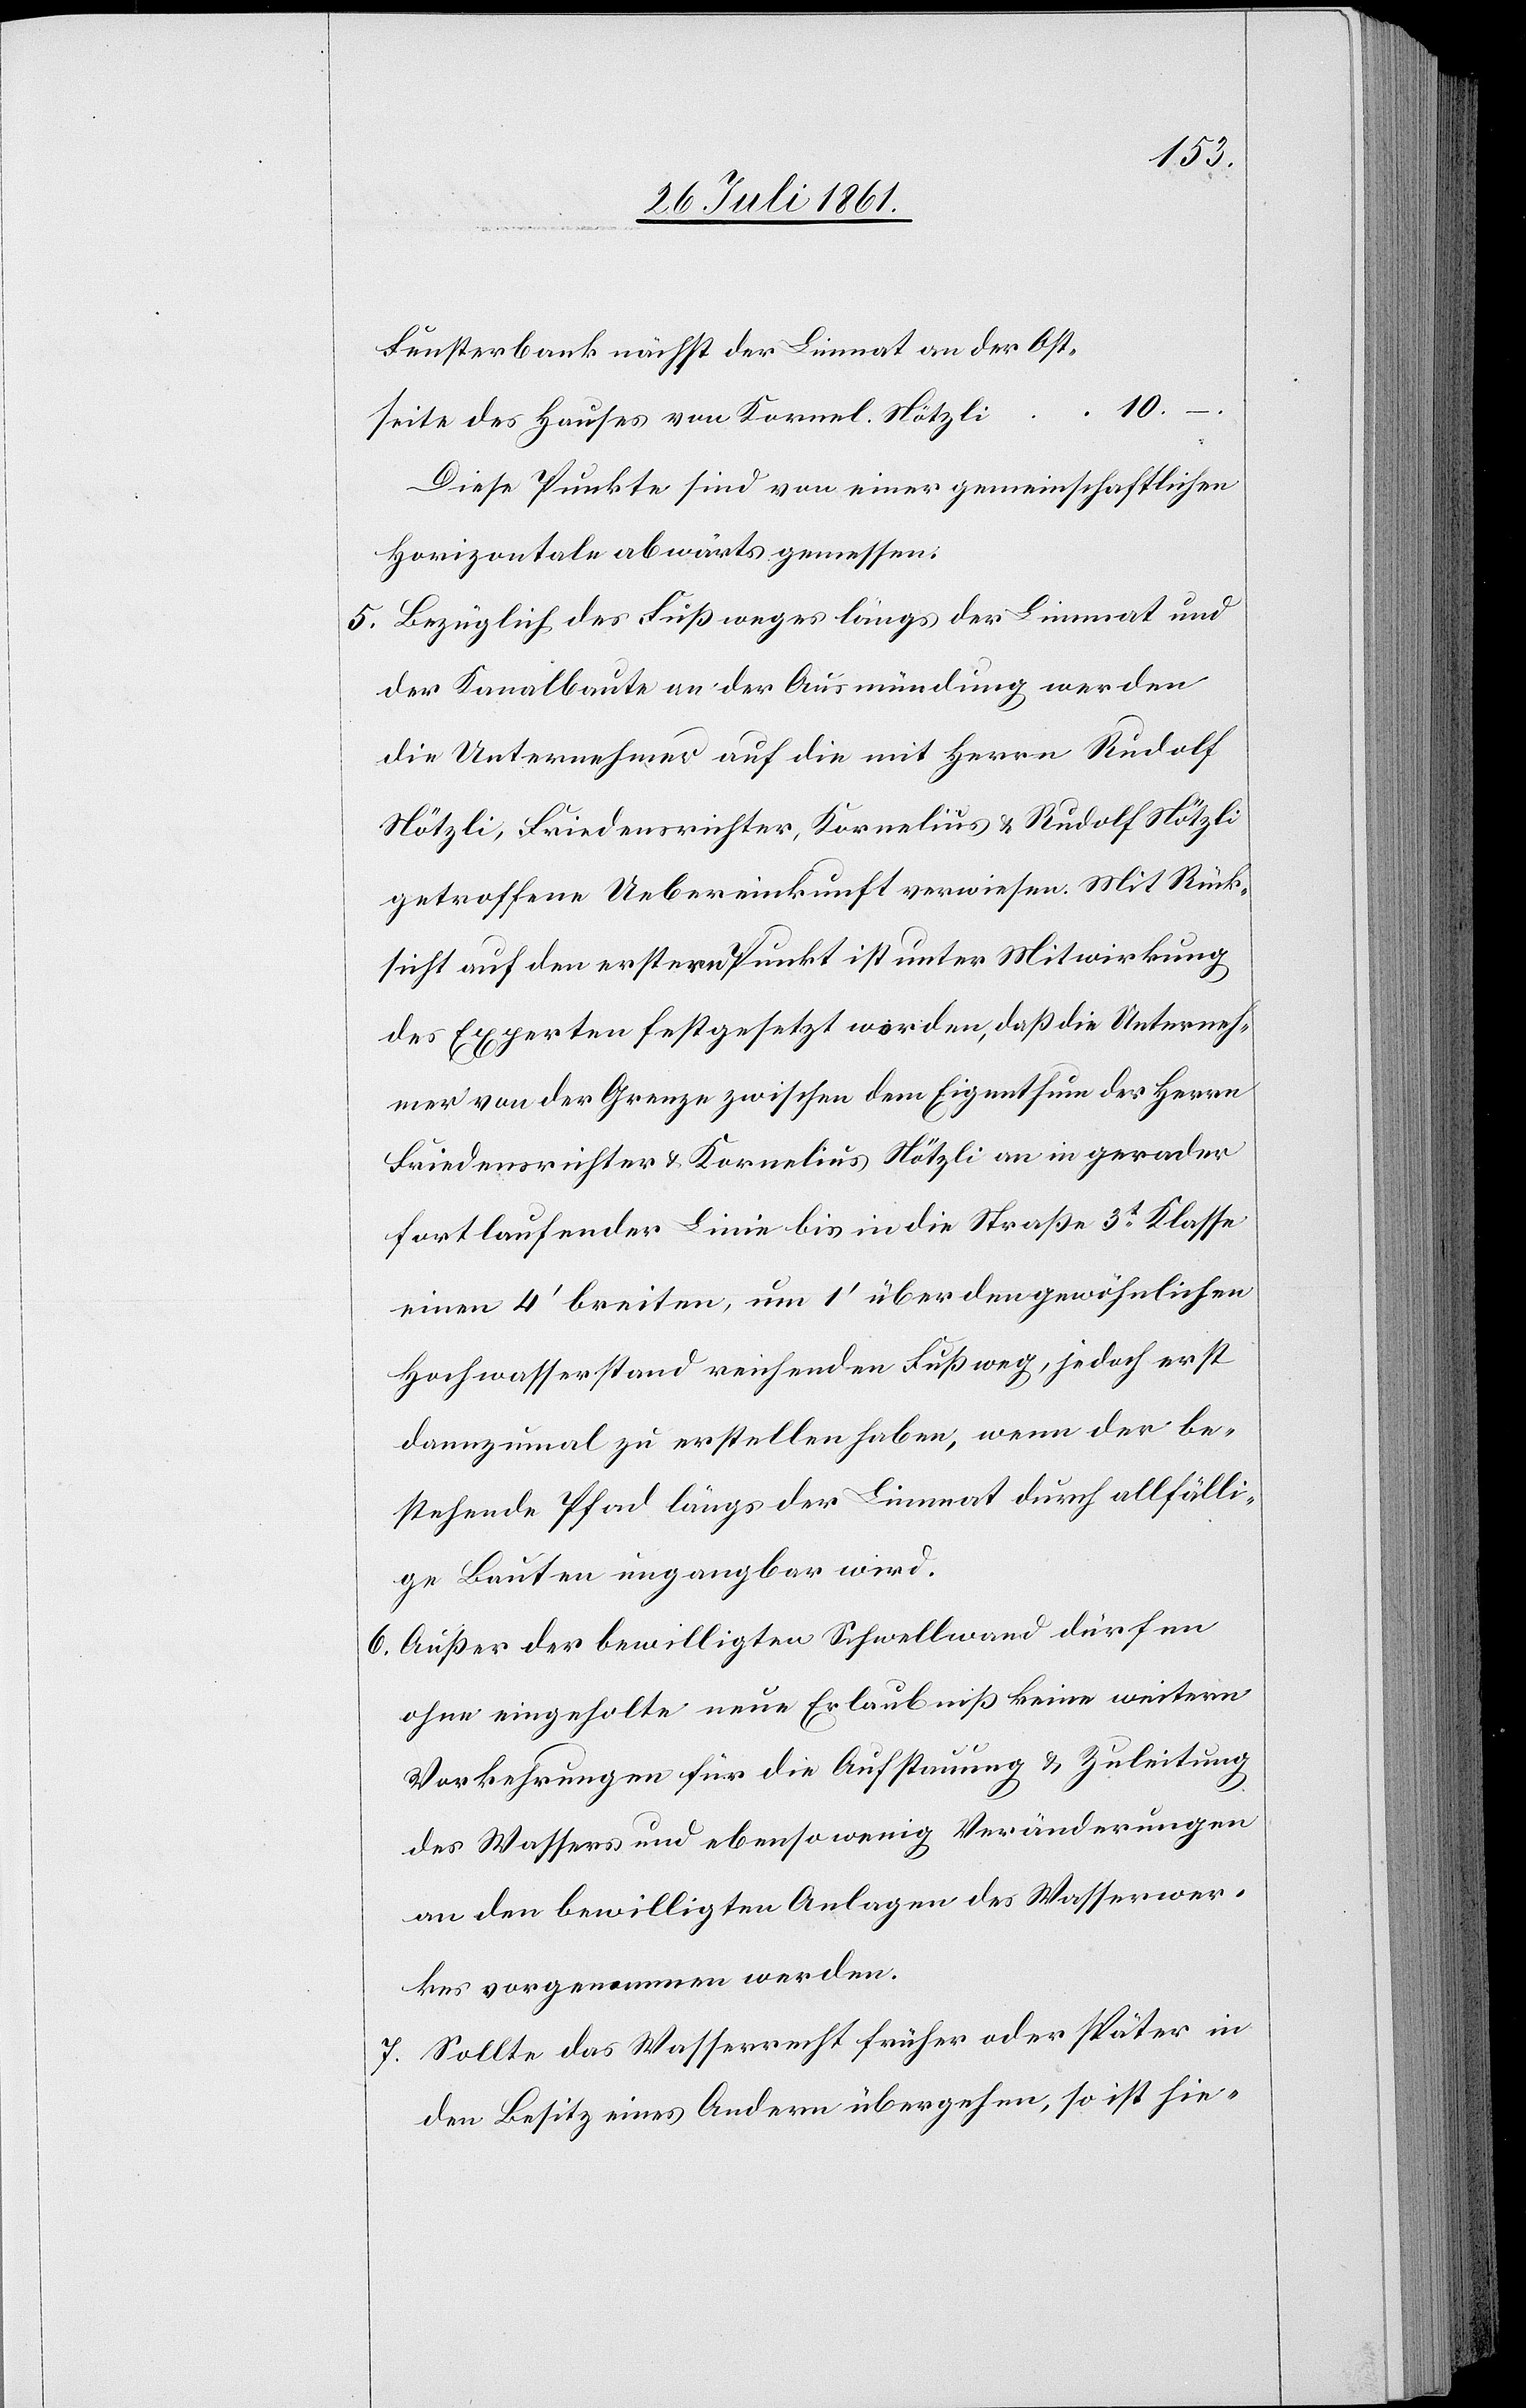
Fensterbank nächst der Limmat an der Ost¬
10.
seite des Hauses von Kornel Nötzli
Diese Punkte sind von einer gemeinschaftlichen
Horizontale abwärts gemessen:
5. Bezüglich des Fußweges längs der Limmat und
der Kanalbaute an der Ausmündung werden
die Unternehmer auf die mit Herrn Rudolf
Nötzli, Friedensrichter, Kornelius u. Rudolf Nötzli
getroffenen Uebereinkunft verwiesen. Mit Rück¬
sicht auf den erstern Punkt ist unter Mitwirkung
des Experten festgesetzt worden, daß die Unterneh¬
mer von der Grenze zwischen dem Eigenthum der Herrn
Friedensrichter u. Kornelius Nötzli an in gerader
fortlaufender Linie bis in die Straße 3t Klasse
einen 4’ breiten, um 1’ über den gewöhnlichen
Hochwasserstand reichenden Fußweg, jedoch erst
dannzumal zu erstellen haben, wenn der be¬
stehende Pfad längs der Limmat durch allfälli¬
ge Bauten ungangbar wird.
6. Außer der bewilligten Schwellwand dürfen
ohne eingeholte neue Erlaubniß keine weitern
Vorkehrungen für die Aufstauung u. Zuleitung
des Wassers und ebenso wenig Veränderungen
an den bewilligten Anlagen des Wasserwer¬
kes vorgenommen werden.
7. Sollte das Wasserrecht früher oder später in
den Besitz eines Andern übergehen, so ist hie-